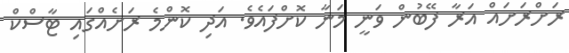
ރަށްރަށައް އަރާ ފޭބުން ވަނީ މަނާ ކޮށްފައެވެ. އަދި ކޮންމެ ރަށެއްގައި ޓާސްކް